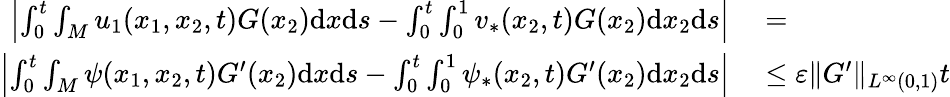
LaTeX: \begin{array}{rl}{\left|\int_{0}^{t}\int_{M}u_{1}(x_{1},x_{2},t)G(x_{2})\mathrm{d}x\mathrm{d}s-\int_{0}^{t}\int_{0}^{1}v_{*}(x_{2},t)G(x_{2})\mathrm{d}x_{2}\mathrm{d}s\right|}&{{}=}\\ {\left|\int_{0}^{t}\int_{M}\psi(x_{1},x_{2},t)G^{\prime}(x_{2})\mathrm{d}x\mathrm{d}s-\int_{0}^{t}\int_{0}^{1}\psi_{*}(x_{2},t)G^{\prime}(x_{2})\mathrm{d}x_{2}\mathrm{d}s\right|}&{{}\leq\varepsilon\| G^{\prime}\| _{L^{\infty}(0,1)}t}\end{array}